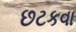
છટકવા